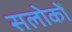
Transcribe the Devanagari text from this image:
सलोकों